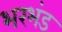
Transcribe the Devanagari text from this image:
भरभंड